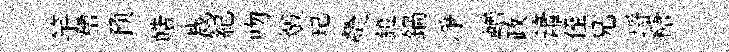
竽糟预皓裁紀吻燬玘熒鐙鍋凈輶政簫侄兄埓糖